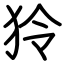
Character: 狑